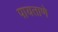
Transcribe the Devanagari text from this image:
पायताणे